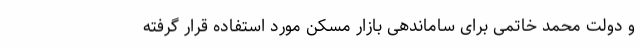
و دولت محمد خاتمی برای ساماندهی بازار مسکن مورد استفاده قرار گرفته